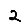
Digit: 2